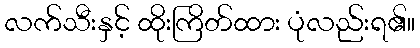
လက်သီးနှင့် ထိုးကြိတ်ထား ပုံလည်းရ၏။